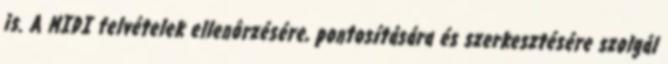
is. A MIDI felvételek ellenôrzésére, pontosítására és szerkesztésére szolgál